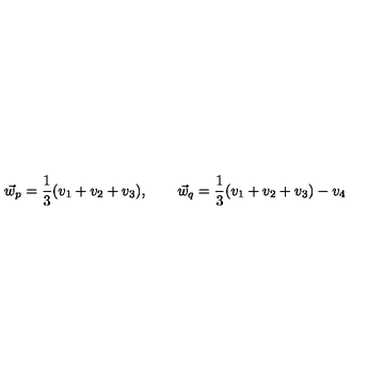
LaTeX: \vec { w } _ { p } = \frac { 1 } { 3 } ( v _ { 1 } + v _ { 2 } + v _ { 3 } ) , \qquad \vec { w } _ { q } = \frac { 1 } { 3 } ( v _ { 1 } + v _ { 2 } + v _ { 3 } ) - v _ { 4 }